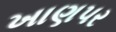
ખાણપર